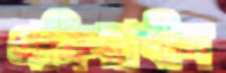
প্রক্রিয়াধীন